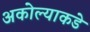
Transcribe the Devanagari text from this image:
अकोल्याकडे